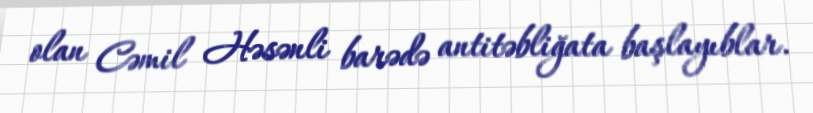
olan Cəmil Həsənli barədə antitəbliğata başlayıblar.